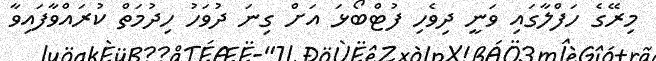
މިރޭގެ ހަފްލާގައި ވަނީ ދިވެހި ފުޓްބޯޅަ އަށް ގިނަ ދުވަހު ހިދުމަތް ކުރައްވާފައިވާ